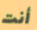
أنت